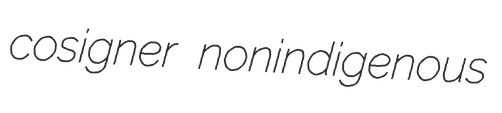
cosigner nonindigenous